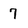
Character: 7